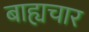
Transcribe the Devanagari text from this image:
बाह्यचार